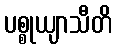
ပစ္စုယျာသီတိ